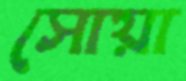
সোয়া